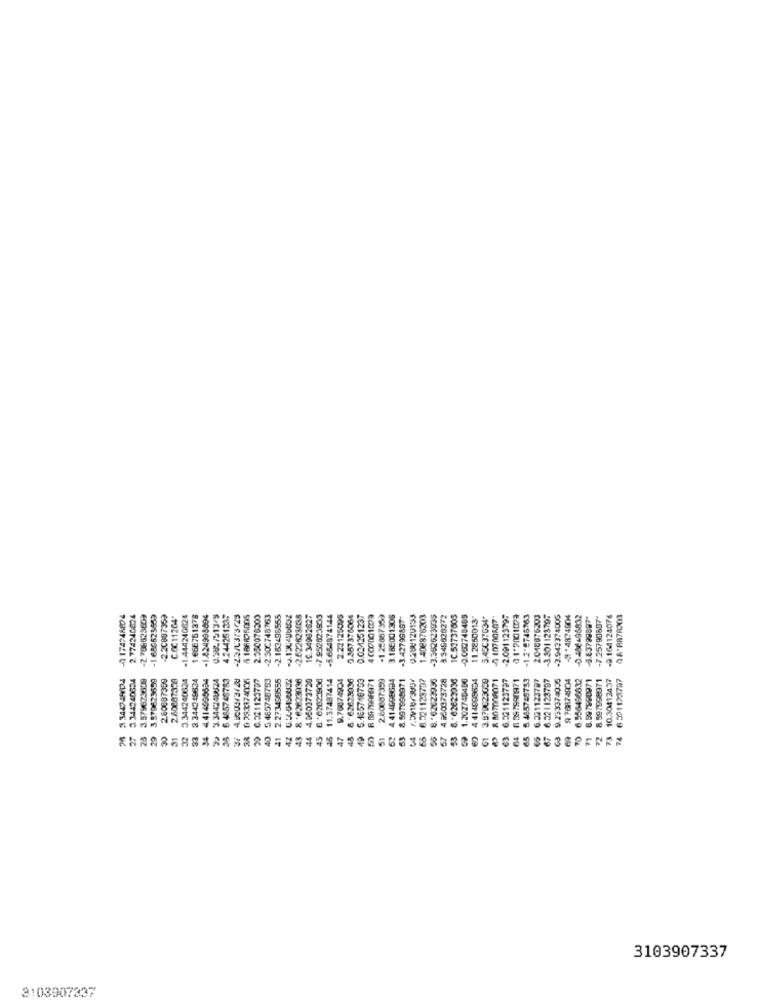
2.774240624
-2.70662360
-1.658623659
-2.20887353
COC11204"
-1.444240624
1.666761378
-1.824998894
0.581/513/5
4:44251337
5 186825005
2.250076300
-2.300748763
-2.163495555
-9.130496632
-2622623038
19.34982627
-7.952623933
-5.654874144
2.22125095
0.357376064
0.03/4251237
-1.2508735)
3.185001308
-3.42799897
1.408876203
-3.362623935
3.545626272
1C 53737505
-0.052748485
11.2250013'
5.43C37034*
010700607
-2.091125797
01-2001099
-1.2-2746763
2.048876300
-3.301123797
-3.942374006
-9-4874804
-0.486-96832
-5.83798887
-7.25790897*
-9.164124076
3 344949124
3.344340624
3.579623659
3.579629659
2.60887359
2.60887359
3.344240624
33 3 344349634
34 4.414990694
3 3.344248924
6.485749783
6.521123797
5.465748753
2.273498555
8 .- 62623036
4.960373729
8 .62623936
11.37487414
9.76074904
8. 62623036
5.165746753
50 8 097998971
2.60887399
4.414698694
8.597988971
6.521123797
55 8. 6262393
57 4.#50373728
53 8. 02623936
1.202748486
4.414099694
01 3.879023053
8 80700A071
63 6.021123737
64 8 897590971
5.485749753
66 6.221123797
6.521 123797
9.293374005
9 76874904
6.556496632
71 8.597990071
8.597998971
73 10.30412437
74 6 521128787
40 G 4
73
28
30
31
41
45
51
62
3103907337
3:03907337